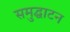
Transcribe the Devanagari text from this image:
समुद्घाटन